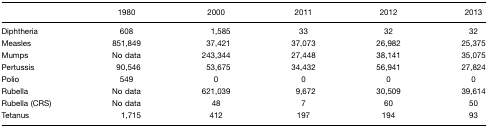
<table><thead><tr><td></td><td><b>1980</b></td><td><b>2000</b></td><td><b>2011</b></td><td><b>2012</b></td><td><b>2013</b></td></tr></thead><tbody><tr><td>Diphtheria</td><td>608</td><td>1,585</td><td>33</td><td>32</td><td>32</td></tr><tr><td>Measles</td><td>851,849</td><td>37,421</td><td>37,073</td><td>26,982</td><td>25,375</td></tr><tr><td>Mumps</td><td>No data</td><td>243,344</td><td>27,448</td><td>38,141</td><td>35,075</td></tr><tr><td>Pertussis</td><td>90,546</td><td>53,675</td><td>34,432</td><td>56,941</td><td>27,824</td></tr><tr><td>Polio</td><td>549</td><td>0</td><td>0</td><td>0</td><td>0</td></tr><tr><td>Rubella</td><td>No data</td><td>621,039</td><td>9,672</td><td>30,509</td><td>39,614</td></tr><tr><td>Rubella (CRS)</td><td>No data</td><td>48</td><td>7</td><td>60</td><td>50</td></tr><tr><td>Tetanus</td><td>1,715</td><td>412</td><td>197</td><td>194</td><td>93</td></tr></tbody></table>